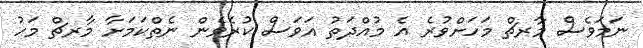
ނަމަވެސް މާރޗް މަހަށްވުރެ އެ މުއްދަތު އަވަސް ކުރެވެން ނެތްކަމަށާ މާރޗް މަހު